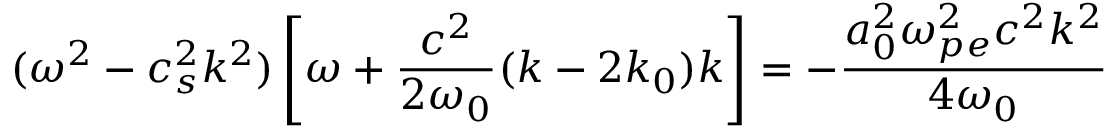
( \omega ^ { 2 } - c _ { s } ^ { 2 } k ^ { 2 } ) \left[ \omega + \frac { c ^ { 2 } } { 2 \omega _ { 0 } } ( k - 2 k _ { 0 } ) k \right] = - \frac { a _ { 0 } ^ { 2 } \omega _ { p e } ^ { 2 } c ^ { 2 } k ^ { 2 } } { 4 \omega _ { 0 } }